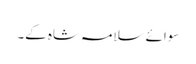
سوائے سلامہ شاہ کے۔